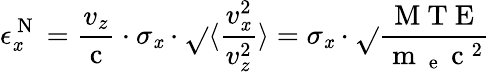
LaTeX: \epsilon_{\mathit{x}}^{\mathrm{{~N~}}}=\frac{{v_{z}}}{{\mathrm{{~c~}}}}\cdot\sigma_{\mathit{x}}\cdot\sqrt{}{{\langle\frac{{v_{\mathit{x}}^{2}}}{{v_{z}^{2}}}\rangle}}=\sigma_{\mathit{x}}\cdot\sqrt{}{{\frac{{\mathrm{{~M~T~E~}}}}{{\mathrm{{~m~}}_{\mathrm{{~e~}}}\mathrm{{~c~}}^{2}}}}}